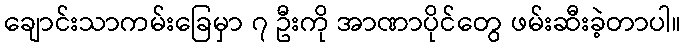
ချောင်းသာကမ်းခြေမှာ ၇ ဦးကို အာဏာပိုင်တွေ ဖမ်းဆီးခဲ့တာပါ။